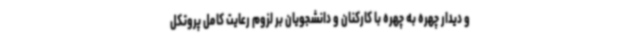
و دیدار چهره به چهره با کارکنان و دانشجویان بر لزوم رعایت کامل پروتکل